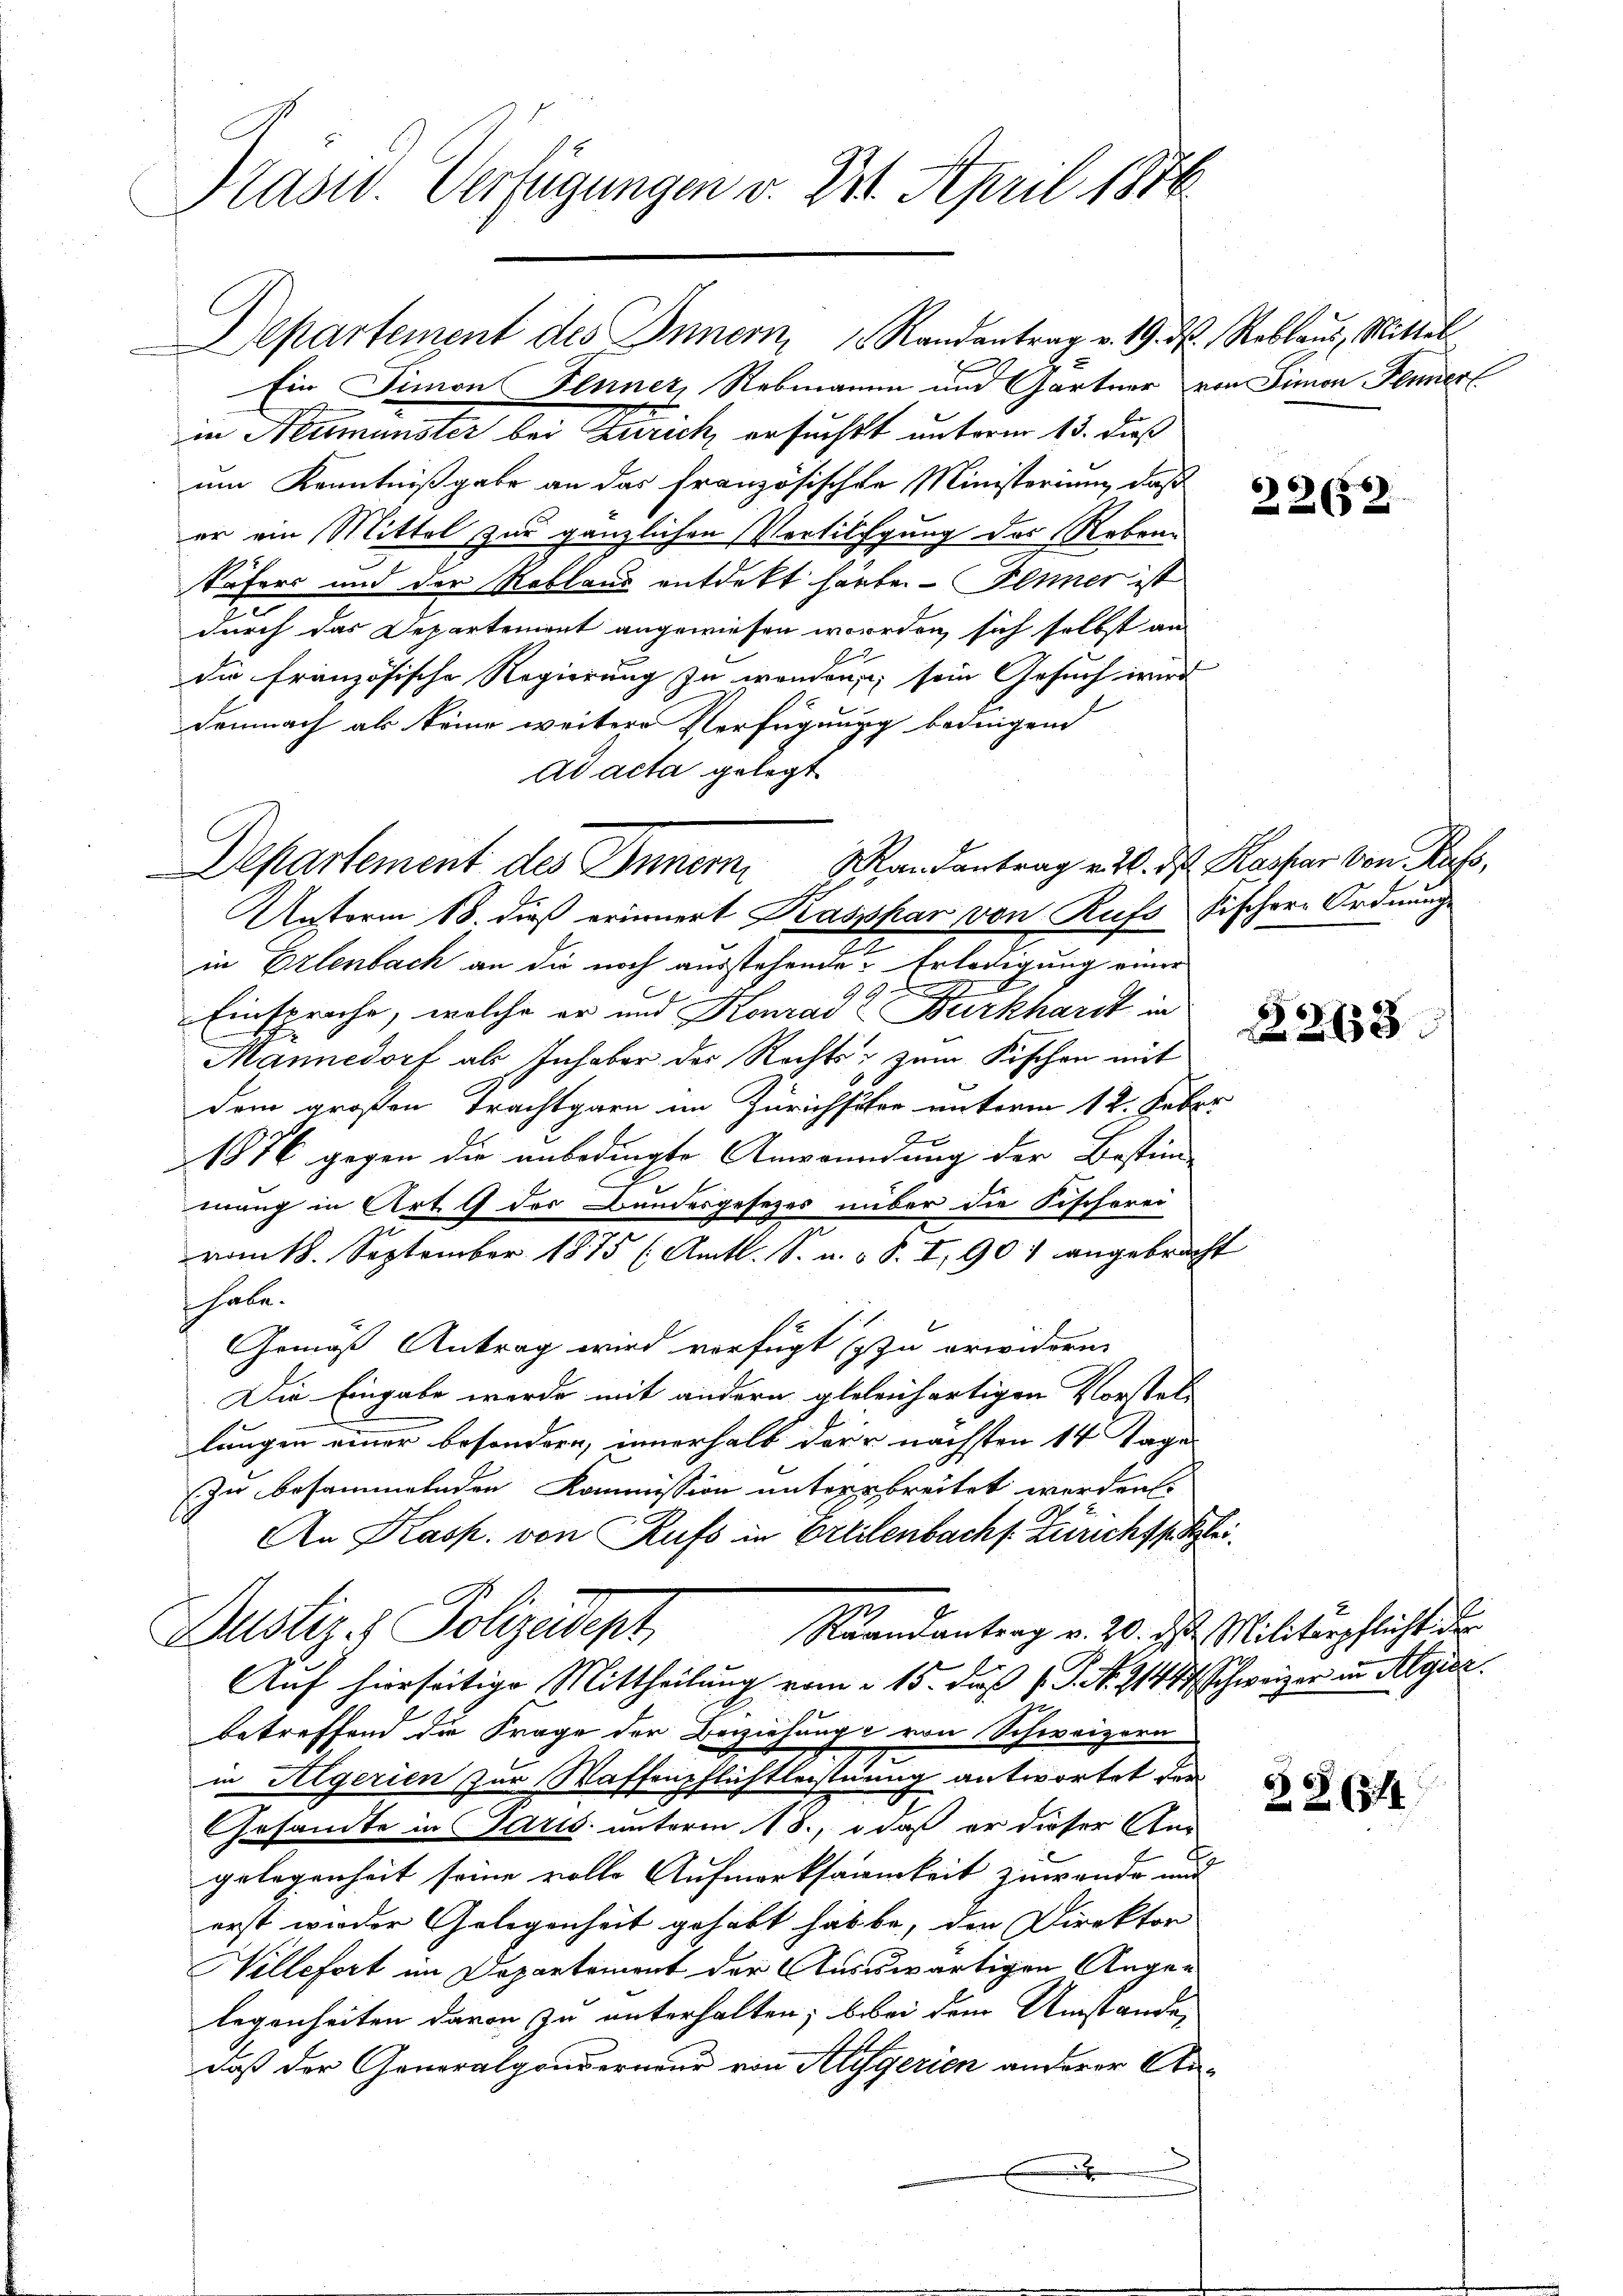
Präsid. Verfügungen v. 21. April 1876.

Ein Simon Fenner, Rebmanne und Gärtner von Simon Fenner
in Neumünster bei Zürich, ersuchtt unterm 13. daß
um Kenntnißgabe an das französischen Ministerium, daß
er ein Mittel zur gänzlichen Vertilgung des Rebenn
Säfers und der Rebland entdekt härbe. - Fenner ist
durch das Departement angewiesen werden, sich selbst an
die französische Regierung zu worden, sein Gesuch wird
Demnach als keine weitere Verfügung bedingend
ad acta gelegt
Unterm 18. dieß erinnert Kaspar von Rufs Fischer Ordnung
in Erlenbach an die noch ausstehende Erledigung einer
Einspruche, welche er und Konrad Burkhardt in
Mannedorf als Inhaber des Rechts zum Fischen mit
Dem großen Trachtgarn im Zürichster unterm 12. Feber
1876 gegen die anbedingte Anwendung der Bestim-
mung in Art. 9 des Bundesgesezes nüber die Fischorei
vom 18. September 1875 (Amtl. S. u. v. S. I, 901 angebracht
habe.
Gemäß Antrag wird verfügt sy zu erwidern.
Die Eingabe werde mit andern glelenhartigen Vorstel-
längen einer besondern, innerhalb der u. nächsten 14 Tage
Zu besammelnden Kommission unterbreitet werden.
An Kasp. von Rufs in Oetilenbach s. Zürichssitzei
Justiz & Polizeidept
Raandantrag v. 20. ds Militärpflicht der
Auf hierseitige Mittheilung vom 15. daß P. Nr. 21417, Schweizer in Algier
betreffend die Frage der Beziehung von Schweizern
in Algerien zur Waffenpflichtleistung antwortet der
Gesamte in Paris unterm 18., daß er dieser An
gelegenheit seine volle Aufmerksamkeit zuwende und
erst wieder Gelegenheit gehabt habe, den Direktor
Willefort im Departement der Ausswärtigen Angelegenheiten davon zu unterhalten; bei dem Umstände,
daß der Generalgonderneur von Ausgerien anderer Anx

Departement des Innern, 1 Randantrag v. 19. d. Reblaŭs, Mittel

Departement des Innemandantrag v. 2. ds Kaspar von Kuss,

2252

6.J
22263

66
6